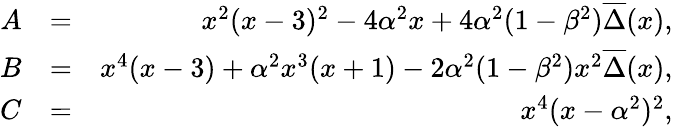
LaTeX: \begin{array}{rlr}{A}&{=}&{x^{2}(x-3)^{2}-4\alpha^{2}x+4\alpha^{2}(1-\beta^{2})\overline{{\Delta}}(x),}\\ {B}&{=}&{x^{4}(x-3)+\alpha^{2}x^{3}(x+1)-2\alpha^{2}(1-\beta^{2})x^{2}\overline{{\Delta}}(x),}\\ {C}&{=}&{x^{4}(x-\alpha^{2})^{2},}\end{array}